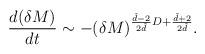
LaTeX: \begin{align*}\frac{d(\delta M)}{dt}\sim -(\delta M)^{\frac{\tilde d-2}{2 \tilde d}D+\frac{\tilde d+2}{2 \tilde d}}.\end{align*}